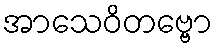
အာသေဝိတဗ္ဗော